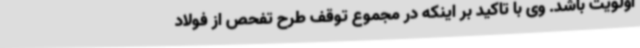
اولویت باشد. وی با تاکید بر اینکه در مجموع توقف طرح تفحص از فولاد